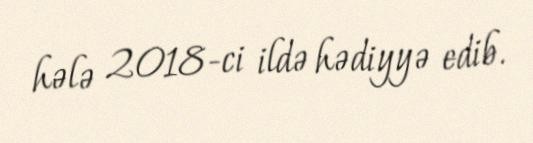
hələ 2018-ci ildə hədiyyə edib.